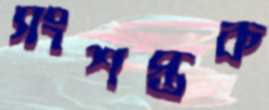
সংশপ্তক